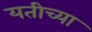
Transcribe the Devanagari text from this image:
यतीच्या